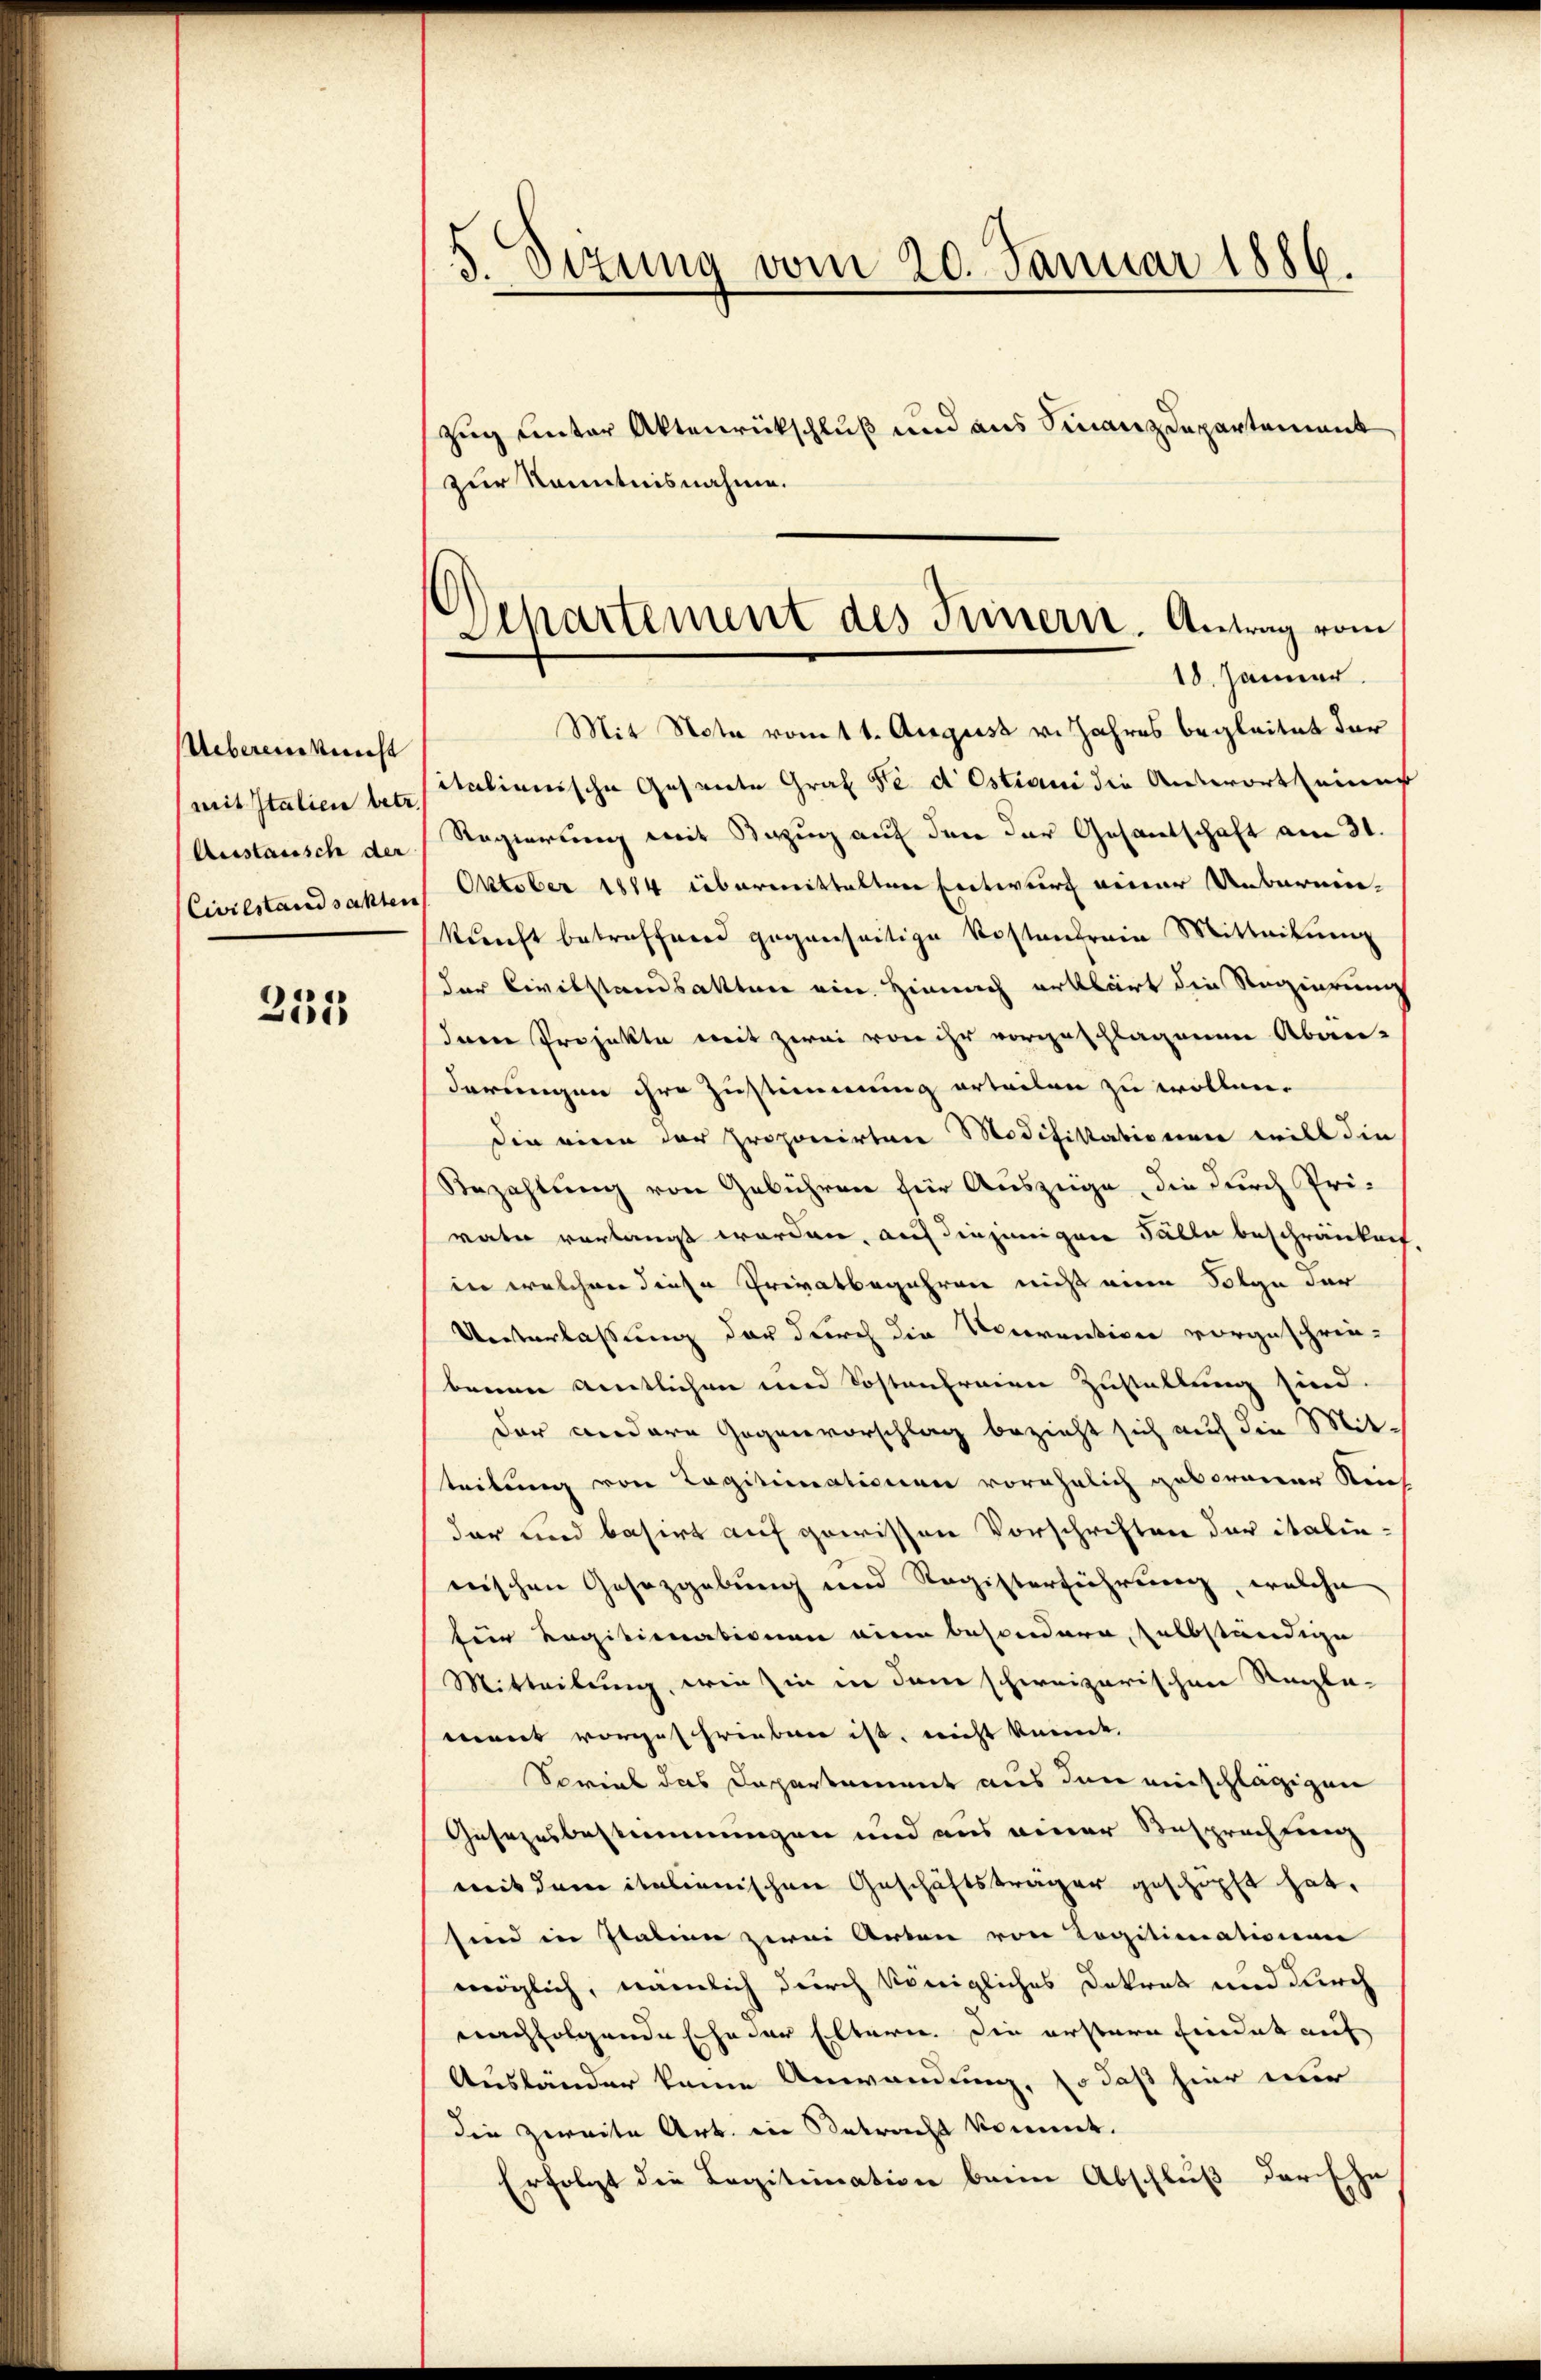
Uebereinknecht
mit Italien betr.
Austausch der
Civilstandsakten

255

Dizung vom 20. Januar 1886.
Zug unter Aktenrückschluß und aus Finanzdepartement
zur Kenntnisnahme.

Mit Nota vom 1. August v. Jahres begleitet der
italienische Gesandte Graf Fe d Estiani die Antwortseiner
Regierung mit Bezug auf den der Gesandschaft am 31.
Oktober 1814 übermittelten Entwurf einer Unbarmenkŭnft betreffend gegenseitige Kostendrain Mitteilŭng
der Bevilstandsakten ein. Hienach erklärt die Regierung
Irren Projekte mit zwei von ihr vorgeschlagenen Aban-
derungen ihre Zustimmung erteilen zu wollen.
Die eine der proponirten Modifikationen will die
Bezahlung von Gebühren für Auszüge, die durch Privater verlangt worden, auf diejenigere Fälle beschränken
in welchen diese Privatbegehren nicht eine Folge der
Unterlassung der durch die Vorrention vorgeschrie-
benen amtlichen und Kostenfreien Zustellung sind.
der andere Gegenvorschlag bezieht sich auf die Mit-
tribung von Legitimationen vorehelich geborener Krief
dar und basirt auf gewissen Vorschriften der italin
nischen Gesezgebung und Registerführung, welche
für Legitimationen vier besondern, selbständige
Mitteilung, wie in in dem schweizerischen Regle-
ment vorgeschriebenen ist, nicht kannt,
Sores das Departament aus den einschlägigen
Gusezesbestimmungen und aus einer Besprechung
mit dem italienischen Geschäftsträger geschöpft hat,
send in Italien zwei Arten von Legitimationen
möglich, nämlich durch königliches Dekret und durch
nachfolgende Eheder Eltern. Die erstern Eindet auf
Ausländer keine Anwendung, so daß hier nur
die zweite Art. in Betracht kommt.
Erfolgt die Legitimation beim Abschluß der Ehe

Departement des Feinern. Antrag vom
18. Jänner